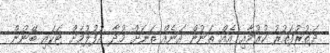
ދަތުރުފަތުރު ކުރުމާއި އެއް ތަނުން އަނެއް ތަނަށް މުދާ އުފުލުމަށް ޓަކައި ބޭނުން